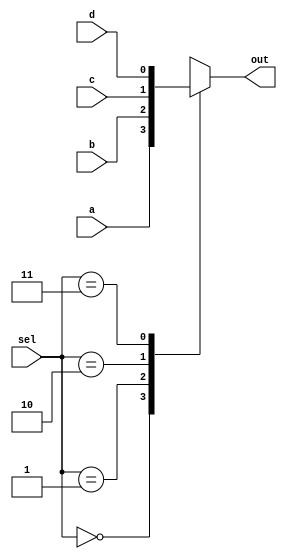
`timescale 1ns / 1ps
//////////////////////////////////////////////////////////////////////////////////
// Company: 
// Engineer: 
// 
// Design Name: 
// Module Name: two_one_mux
// Project Name: 
// Target Devices: 
// Tool Versions: 
// Description: 
// 
// Dependencies: 
// 
// Revision:
// Revision 0.01 - File Created
// Additional Comments:
// 
//////////////////////////////////////////////////////////////////////////////////


module four_one_mux(
    input a,
    input b,
    input c,
    input d,
    input [1:0]sel,
    output reg out
    );
    always @(*) begin 
    case(sel)
    2'b00: out = a;
    2'b01: out = b;
    2'b10: out = c;
    2'b11: out = d;
    default: out = a;
    endcase
    end
endmodule